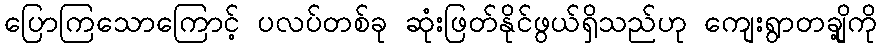
ပြောကြသောကြောင့် ပလပ်တစ်ခု ဆုံးဖြတ်နိုင်ဖွယ်ရှိသည်ဟု ကျေးရွာတချို့ကို